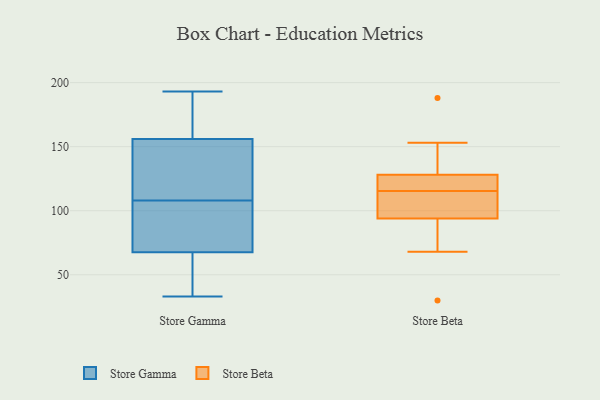
{"axis": {"x": "Temperature (°C)", "y": "Value"}, "legend": ["Store Beta", "Store Gamma"], "data": [{"x": "", "y": 113, "type": "Store Gamma"}, {"x": "", "y": 179, "type": "Store Gamma"}, {"x": "", "y": 36, "type": "Store Gamma"}, {"x": "", "y": 34, "type": "Store Gamma"}, {"x": "", "y": 83, "type": "Store Gamma"}, {"x": "", "y": 89, "type": "Store Gamma"}, {"x": "", "y": 193, "type": "Store Gamma"}, {"x": "", "y": 102, "type": "Store Gamma"}, {"x": "", "y": 141, "type": "Store Gamma"}, {"x": "", "y": 167, "type": "Store Gamma"}, {"x": "", "y": 52, "type": "Store Gamma"}, {"x": "", "y": 182, "type": "Store Gamma"}, {"x": "", "y": 145, "type": "Store Gamma"}, {"x": "", "y": 137, "type": "Store Gamma"}, {"x": "", "y": 87, "type": "Store Gamma"}, {"x": "", "y": 103, "type": "Store Gamma"}, {"x": "", "y": 50, "type": "Store Gamma"}, {"x": "", "y": 183, "type": "Store Gamma"}, {"x": "", "y": 142, "type": "Store Gamma"}, {"x": "", "y": 33, "type": "Store Gamma"}, {"x": "", "y": 153, "type": "Store Beta"}, {"x": "", "y": 147, "type": "Store Beta"}, {"x": "", "y": 116, "type": "Store Beta"}, {"x": "", "y": 188, "type": "Store Beta"}, {"x": "", "y": 128, "type": "Store Beta"}, {"x": "", "y": 122, "type": "Store Beta"}, {"x": "", "y": 94, "type": "Store Beta"}, {"x": "", "y": 102, "type": "Store Beta"}, {"x": "", "y": 68, "type": "Store Beta"}, {"x": "", "y": 118, "type": "Store Beta"}, {"x": "", "y": 99, "type": "Store Beta"}, {"x": "", "y": 106, "type": "Store Beta"}, {"x": "", "y": 140, "type": "Store Beta"}, {"x": "", "y": 30, "type": "Store Beta"}, {"x": "", "y": 115, "type": "Store Beta"}, {"x": "", "y": 69, "type": "Store Beta"}, {"x": "", "y": 83, "type": "Store Beta"}, {"x": "", "y": 117, "type": "Store Beta"}]}